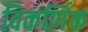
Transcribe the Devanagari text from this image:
विकर्णिक